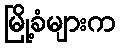
မြို့ခံများက